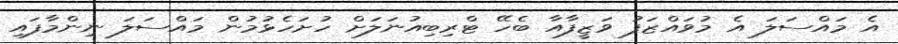
އެ މައްސަލަ އެ މުވައްޒަފު ވަޒީފާއާ ބެހޭ ޓްރިބިއުނަލަށް ހުށަހެޅުމުން މައްސަލަ ނިންމާފައި